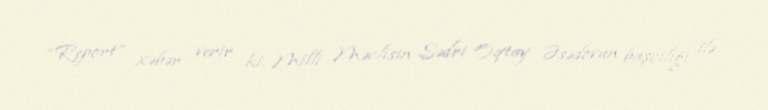
“Report” xəbər verir ki, Milli Məclisin Sədri Oqtay Əsədovun başçılığı ilə